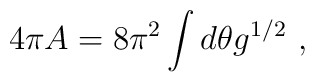
4\pi A = 8\pi^2\int d\theta g^{1/2} \ ,